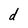
Character: d